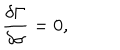
\frac { \delta \Gamma } { \delta \sigma } = 0 ,